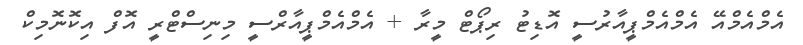
އެމްއެމްއޭ އެމްއެމްޕީއާރުސީ އޮޑިޓު ރިޕޯޓް މީރާ + އެމްއެމްޕީއާރްސީ މިނިސްޓްރީ އޮފް އިކޮނޮމިކް